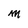
Character: M